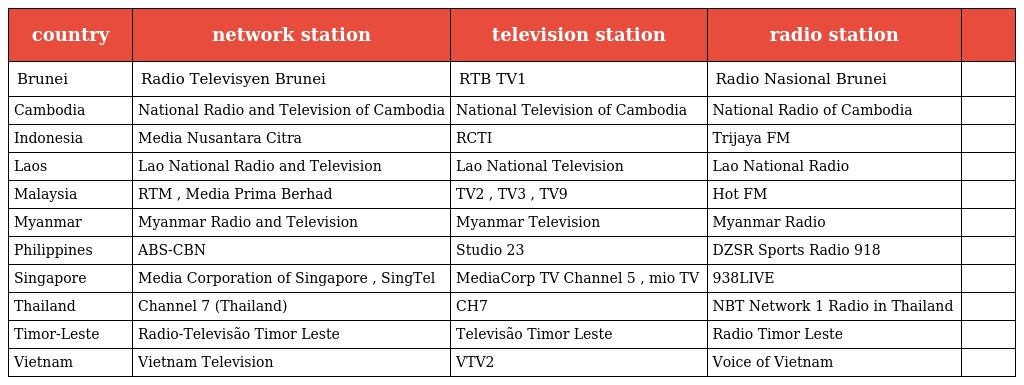
| country | network station | television station | radio station |  |
 | --- | --- | --- | --- | --- |
 | Brunei | Radio Televisyen Brunei | RTB TV1 | Radio Nasional Brunei |  |
 | Cambodia | National Radio and Television of Cambodia | National Television of Cambodia | National Radio of Cambodia |  |
 | Indonesia | Media Nusantara Citra | RCTI | Trijaya FM |  |
 | Laos | Lao National Radio and Television | Lao National Television | Lao National Radio |  |
 | Malaysia | RTM , Media Prima Berhad | TV2 , TV3 , TV9 | Hot FM |  |
 | Myanmar | Myanmar Radio and Television | Myanmar Television | Myanmar Radio |  |
 | Philippines | ABS-CBN | Studio 23 | DZSR Sports Radio 918 |  |
 | Singapore | Media Corporation of Singapore , SingTel | MediaCorp TV Channel 5 , mio TV | 938LIVE |  |
 | Thailand | Channel 7 (Thailand) | CH7 | NBT Network 1 Radio in Thailand |  |
 | Timor-Leste | Radio-Televisão Timor Leste | Televisão Timor Leste | Radio Timor Leste |  |
 | Vietnam | Vietnam Television | VTV2 | Voice of Vietnam |  |